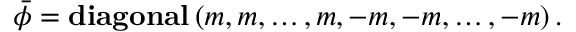
\bar { \phi } = \mathrm { \bf d i a g o n a l } \left( m , m , \ldots , m , - m , - m , \ldots , - m \right) .